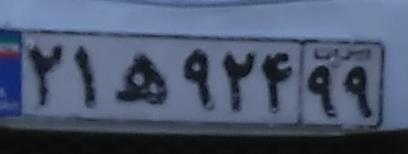
۲۱ه۹۲۴۹۹